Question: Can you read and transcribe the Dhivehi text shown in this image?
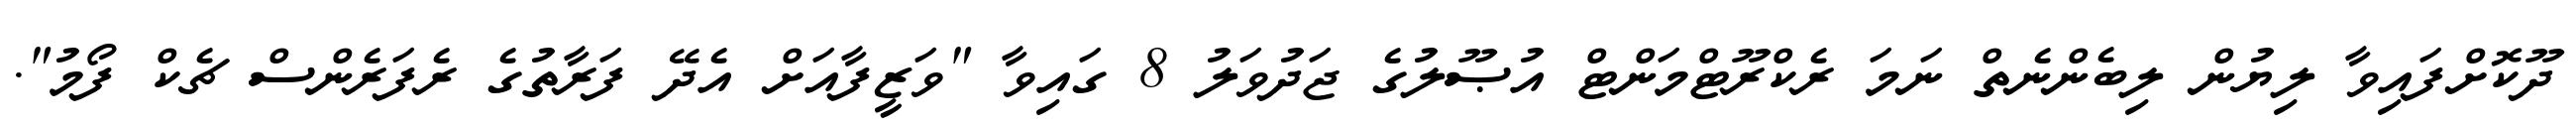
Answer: ދޫކޮށްފައިވާ ލިޔުން ލިބެންނެތް ނަމަ ރެކްރޫޓްމަންޓް އުޞޫލުގެ ޖަދުވަލު 8 ގައިވާ "ވަޒީފާއަށް އެދޭ ފަރާތުގެ ރެފަރެންސް ޗެކް ފޯމު".